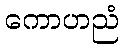
ကောဟညံ